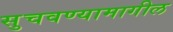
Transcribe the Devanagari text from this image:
सुचवण्यामागील